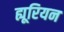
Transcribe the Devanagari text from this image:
ह्यूरियन